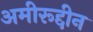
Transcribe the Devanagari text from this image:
अमीरूद्दीन